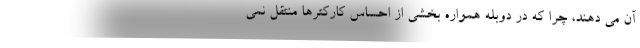
آن می دهند، چرا که در دوبله همواره بخشی از احساس کارکترها منتقل نمی